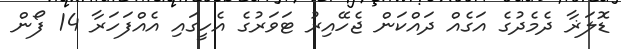
ޑޮލަޜާ ދެމެދުގެ އަގެއް ދައްކަން ޖެހޭއިރު ޓަވަރުގެ އެހީގައި އެއްފަހަރާ 14 ފޯން